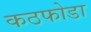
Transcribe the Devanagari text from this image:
कठफोडा